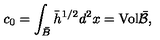
c _ { 0 } = \int _ { \bar { B } } { \bar { h } } ^ { 1 / 2 } d ^ { 2 } x = \mathrm { V o l } \bar { \cal B } ,